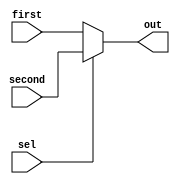

module MUX2to1 #(parameter  WIDTH = 32)(input [WIDTH-1:0] first, second, input sel, output [WIDTH-1:0] out);
  assign out = (~sel)?first:second;
endmodule


module MUX4to1 #(parameter WIDTH = 32)(inp1, inp2, inp3, inp4, s, out);
    input [31:0] inp1, inp2, inp3, inp4;
    input[1:0] s; 
    output reg [31:0] out;

    always@(s, inp1, inp2, inp3, inp4) begin
        out = 32'b0;
        case(s)
            2'b00: out = inp1;
            2'b01: out = inp2;
            2'b10: out = inp3;
            2'b11: out = inp4;
        endcase
    end

endmodule